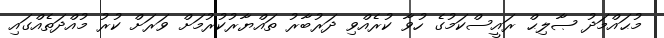
މުޙައްމަދު ޞާލިޙް ރައީސްކަމުގެ ހުވާ ކުރެއްވި ދަރުބާރު ތައްޔާރުކުރުމަށް ވަރަށް ކުރު މުއްދަތެއްގައި